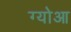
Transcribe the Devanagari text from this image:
ग्योआ